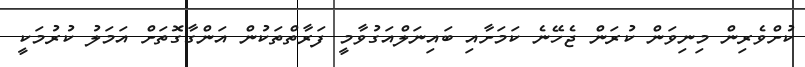
ކުށްވެރިން މިނިވަން ކުރަން ޖެހޭނެ ކަމަށާއި ބައިނަލްއަގުވާމީ ފަރާތްތަކުން އަންގާގޮތަށް އަމަލު ކުރުމަކީ